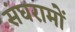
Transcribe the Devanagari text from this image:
संघरामों